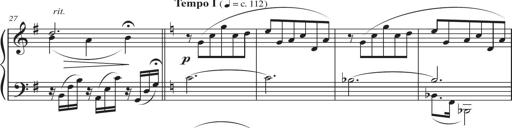
Title: Sonatina in D major
Composer: Shota Saitoh
Key: D major